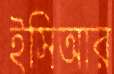
ইসিআর